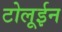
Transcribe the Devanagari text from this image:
टोलूईन